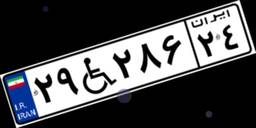
۱۲W۵۹۳۵۸